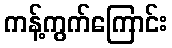
ကန့်ကွက်ကြောင်း